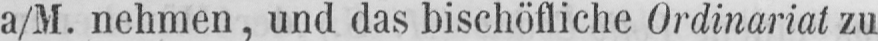
a/M. nehmen, und das bischöfliche Ordinariat zu